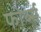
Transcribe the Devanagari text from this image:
फोर्ब्स